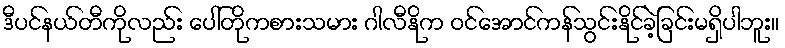
ဒီပင်နယ်တီကိုလည်း ပေါ်တိုကစားသမား ဂါလီနိုက ဝင်အောင်ကန်သွင်းနိုင်ခဲ့ခြင်းမရှိပါဘူး။